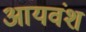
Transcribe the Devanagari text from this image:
आयवंश